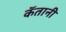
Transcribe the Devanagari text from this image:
कॅतानी